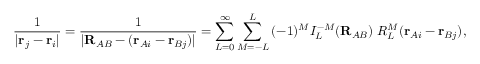
{ \frac { 1 } { | \mathbf { r } _ { j } - \mathbf { r } _ { i } | } } = { \frac { 1 } { | \mathbf { R } _ { A B } - ( \mathbf { r } _ { A i } - \mathbf { r } _ { B j } ) | } } = \sum _ { L = 0 } ^ { \infty } \sum _ { M = - L } ^ { L } \, ( - 1 ) ^ { M } I _ { L } ^ { - M } ( \mathbf { R } _ { A B } ) \; R _ { L } ^ { M } ( \mathbf { r } _ { A i } - \mathbf { r } _ { B j } ) ,